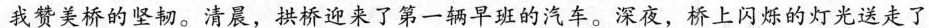
我赞美桥的坚韧。清晨，拱桥迎来了第一辆早班的汽车。深夜，桥上闪烁的灯光送走了